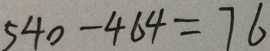
5 4 0 - 4 6 4 = 7 6